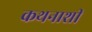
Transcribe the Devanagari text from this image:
कथनाशी